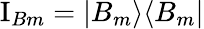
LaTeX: \mathrm{I}_{Bm}=|B_{m}\rangle\langle B_{m}|